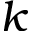
k